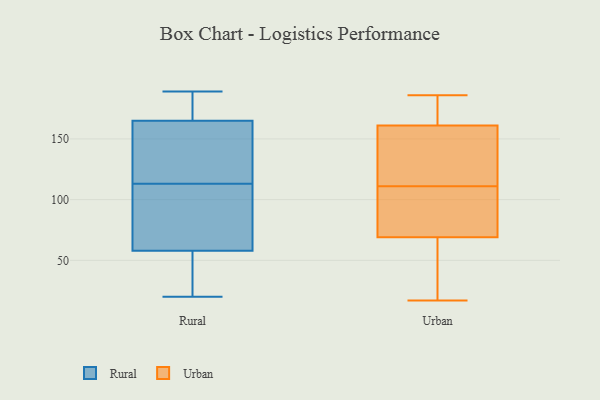
{"axis": {"x": "Tickets Resolved", "y": "Value"}, "legend": ["Rural", "Urban"], "data": [{"x": "", "y": 57, "type": "Rural"}, {"x": "", "y": 138, "type": "Rural"}, {"x": "", "y": 144, "type": "Rural"}, {"x": "", "y": 106, "type": "Rural"}, {"x": "", "y": 179, "type": "Rural"}, {"x": "", "y": 52, "type": "Rural"}, {"x": "", "y": 177, "type": "Rural"}, {"x": "", "y": 120, "type": "Rural"}, {"x": "", "y": 172, "type": "Rural"}, {"x": "", "y": 33, "type": "Rural"}, {"x": "", "y": 20, "type": "Rural"}, {"x": "", "y": 64, "type": "Rural"}, {"x": "", "y": 189, "type": "Rural"}, {"x": "", "y": 113, "type": "Rural"}, {"x": "", "y": 61, "type": "Rural"}, {"x": "", "y": 134, "type": "Urban"}, {"x": "", "y": 103, "type": "Urban"}, {"x": "", "y": 163, "type": "Urban"}, {"x": "", "y": 186, "type": "Urban"}, {"x": "", "y": 143, "type": "Urban"}, {"x": "", "y": 71, "type": "Urban"}, {"x": "", "y": 108, "type": "Urban"}, {"x": "", "y": 37, "type": "Urban"}, {"x": "", "y": 161, "type": "Urban"}, {"x": "", "y": 17, "type": "Urban"}, {"x": "", "y": 114, "type": "Urban"}, {"x": "", "y": 68, "type": "Urban"}, {"x": "", "y": 136, "type": "Urban"}, {"x": "", "y": 180, "type": "Urban"}, {"x": "", "y": 69, "type": "Urban"}, {"x": "", "y": 74, "type": "Urban"}, {"x": "", "y": 69, "type": "Urban"}, {"x": "", "y": 182, "type": "Urban"}]}